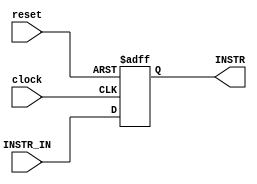
// Connor Noddin
// ECE 473
// IF_ID Block
// 10/07/2023

module IF_ID(
	input wire clock,
	input wire reset,
	input wire [31:0] INSTR_IN, //Instruction out from instruction memory
	output reg [31:0] INSTR);
	
	// Saves value only on rising edge
	always @(posedge clock or posedge reset) begin
		if(reset == 1'b1) begin
			INSTR <= 32'd0; //Back to 0 upon reset
		end else begin
			INSTR <= INSTR_IN;
		end
	end
	
	
endmodule